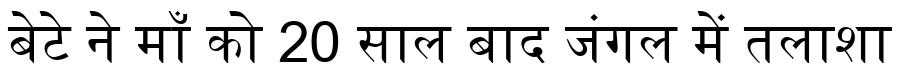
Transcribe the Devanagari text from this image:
बेटे ने माँ को 20 साल बाद जंगल में तलाशा